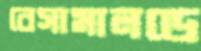
বেসামালডে